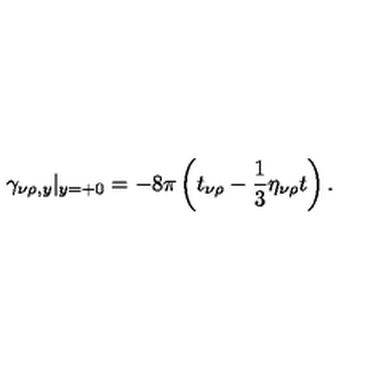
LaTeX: \gamma _ { \nu \rho , y } | _ { y = + 0 } = - 8 \pi \left( t _ { \nu \rho } - \frac 1 3 \eta _ { \nu \rho } t \right) .